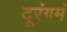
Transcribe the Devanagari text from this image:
दूरंगमं